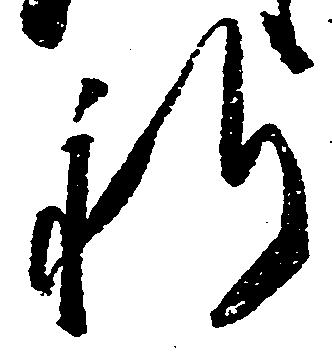
祈